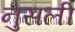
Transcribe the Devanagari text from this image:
नुसली